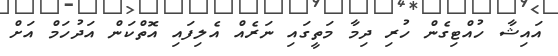
އައިޝާ ހުއްޓިގެން ހުރި ދިމާ މަތީގައި ނަރެއް އެލިފައި އޮތްކަން އަދުހަމް އަށް